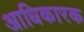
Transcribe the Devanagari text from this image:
अाधिकारक